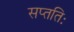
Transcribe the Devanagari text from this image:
सप्ततिः